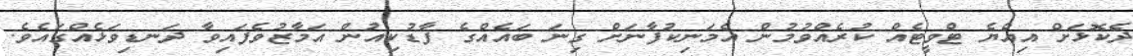
ދެކޮޅަށް އިއްޔެ ޓްވީޓެއް ކުރެއްވުމުން އެމަނިކުފާނަށް ގިނަ ބައެއްގެ ފާޑުކިއުން އަމާޒުވެފައިވާ ދަނޑިވަޅެއްގައެވެ.